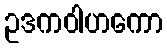
ဥဒကဝါဟကော